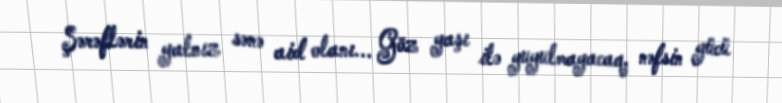
Şərəflərin yalnız sənə aid olanı... Göz yaşı ilə yuyulmayacaq, nəfsin gücü